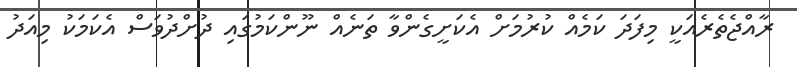
ރާއްޖެތެރެއަކީ މިފަދަ ކަމެއް ކުރުމަށް އެކަށީގެންވާ ތަނެއް ނޫންކަމުގައި ދުށްދުވަސް އެކަމަކު މިއަދު